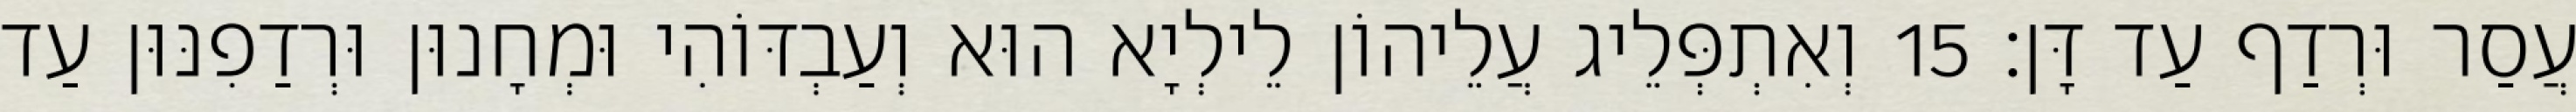
עֲסַר וּרְדַף עַד דָּן׃ 15 וְאִתְפְּלֵיג עֲלֵיהוֹן לֵילְיָא הוּא וְעַבְדּוֹהִי וּמְחָנוּן וּרְדַפִנּוּן עַד